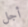
أجل